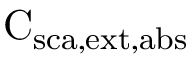
\mathrm { C _ { \mathrm { { s c a } , \mathrm { { e x t } , \mathrm { { a b s } } } } } }